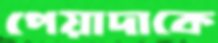
পেয়াদাকে